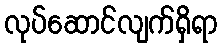
လုပ်ဆောင်လျက်ရှိရာ